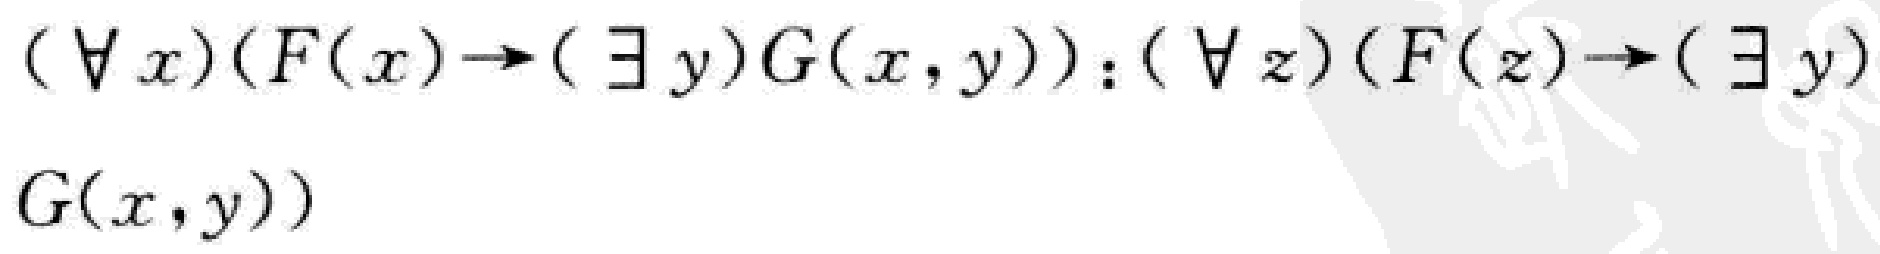
$(\forall x)(F(x)\to(\exists y)G(x,y)):(\forall z)(F(z)\to(\exists y)G(x,y))$